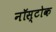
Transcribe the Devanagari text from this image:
नॉस्टोक